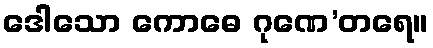
ဒေါသော ကောဓေ ဂုဏေ’တရေ။